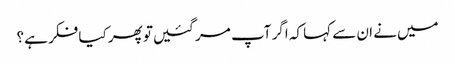
میں‌نے ان سے کہا کہ اگر آپ مر گئیں‌تو پھر کیا فکر ہے؟